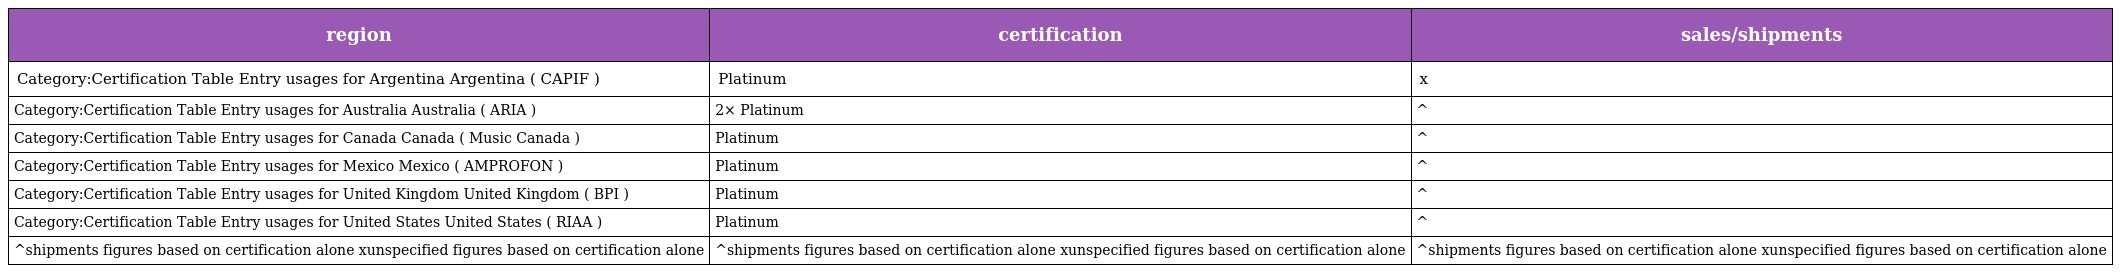
| region | certification | sales/shipments |
 | --- | --- | --- |
 | Category:Certification Table Entry usages for Argentina Argentina ( CAPIF ) | Platinum | x |
 | Category:Certification Table Entry usages for Australia Australia ( ARIA ) | 2× Platinum | ^ |
 | Category:Certification Table Entry usages for Canada Canada ( Music Canada ) | Platinum | ^ |
 | Category:Certification Table Entry usages for Mexico Mexico ( AMPROFON ) | Platinum | ^ |
 | Category:Certification Table Entry usages for United Kingdom United Kingdom ( BPI ) | Platinum | ^ |
 | Category:Certification Table Entry usages for United States United States ( RIAA ) | Platinum | ^ |
 | ^shipments figures based on certification alone xunspecified figures based on certification alone | ^shipments figures based on certification alone xunspecified figures based on certification alone | ^shipments figures based on certification alone xunspecified figures based on certification alone |